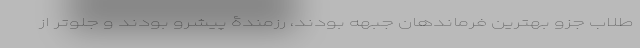
طلاب جزو بهترین فرماندهان جبهه بودند، رزمندۀ پیشرو بودند و جلوتر از